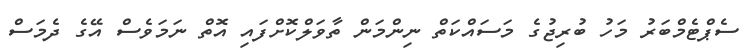
ސެޕްޓެމްބަރު މަހު ބުރިޖުގެ މަސައްކަތް ނިންމަން ތާވަލްކޮށްފައި އޮތް ނަމަވެސް އޭގެ ދެމަސް